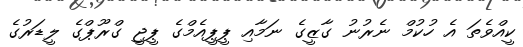
ކީއްވެތަ އެ ހުކުމް ނެރުނު ގާޒީގެ ނަމާއި ޕީޕީއެމްގެ ޕީޖީ ގްރޫޕްގެ ލީޑަރުގެ